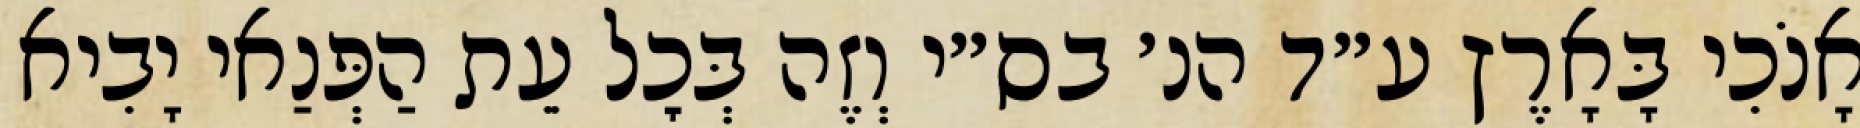
אָנֹכִי בָּאָרֶץ ע״ד הנ׳ בס״י וְזֶה בְּכׇל עֵת הַפְּנַאי יָבִיא